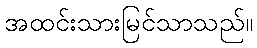
အထင်းသားမြင်သာသည်။